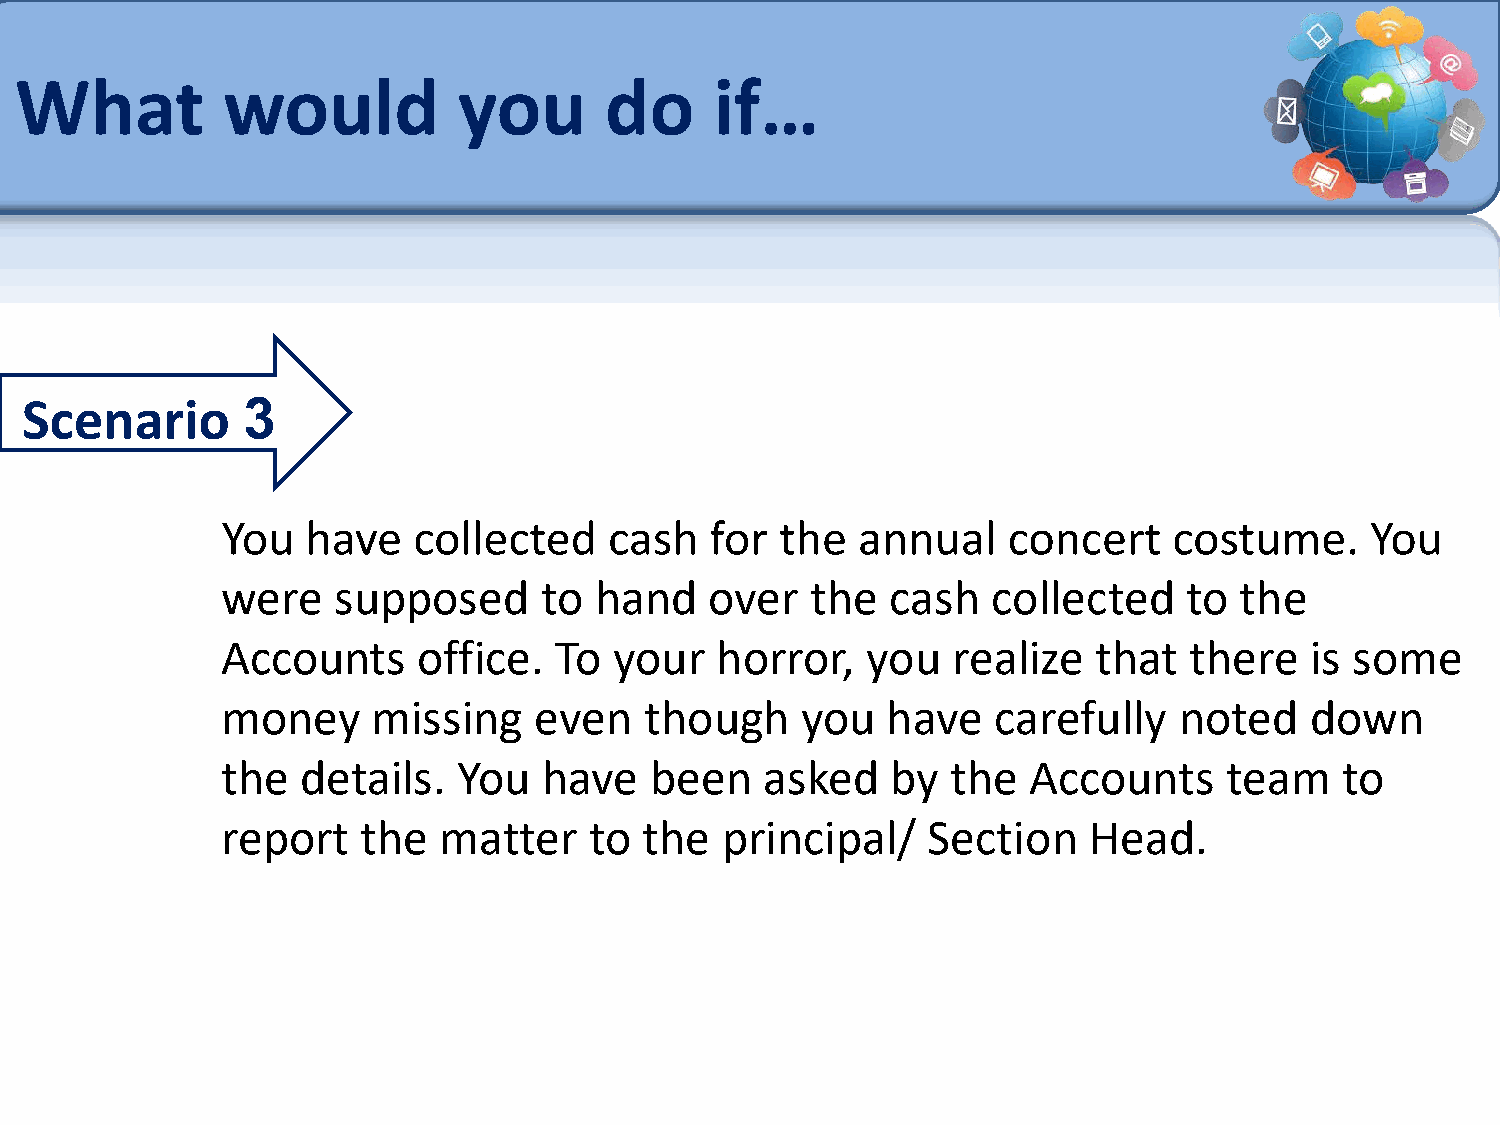
What          would          you       do     if…
 Scenario       3
 You  have   collected    cash   for  the  annual    concert    costume.     You
 were   supposed      to hand    over   the  cash   collected    to the
 Accounts     office.  To  your  horror,   you   realize   that  there   is some
 money     missing   even    though    you   have   carefully   noted    down
 the  details.  You   have   been    asked   by  the  Accounts     team    to
 report   the  matter    to  the  principal/   Section    Head.